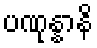
ပဏုန္နာနိ